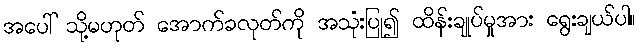
အပေါ် သို့မဟုတ် အောက်ခလုတ်ကို အသုံးပြု၍ ထိန်းချုပ်မှုအား ရွေးချယ်ပါ။